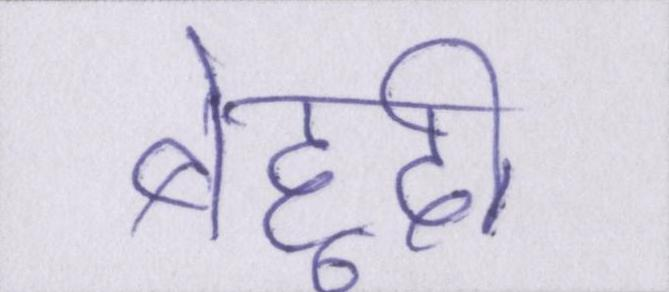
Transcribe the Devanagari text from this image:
बेहूदी